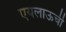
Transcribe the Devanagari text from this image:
एयलाऊची